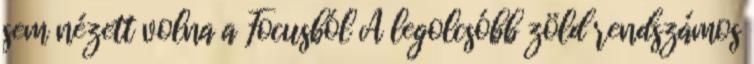
sem nézett volna a Focusból A legolcsóbb zöld rendszámos